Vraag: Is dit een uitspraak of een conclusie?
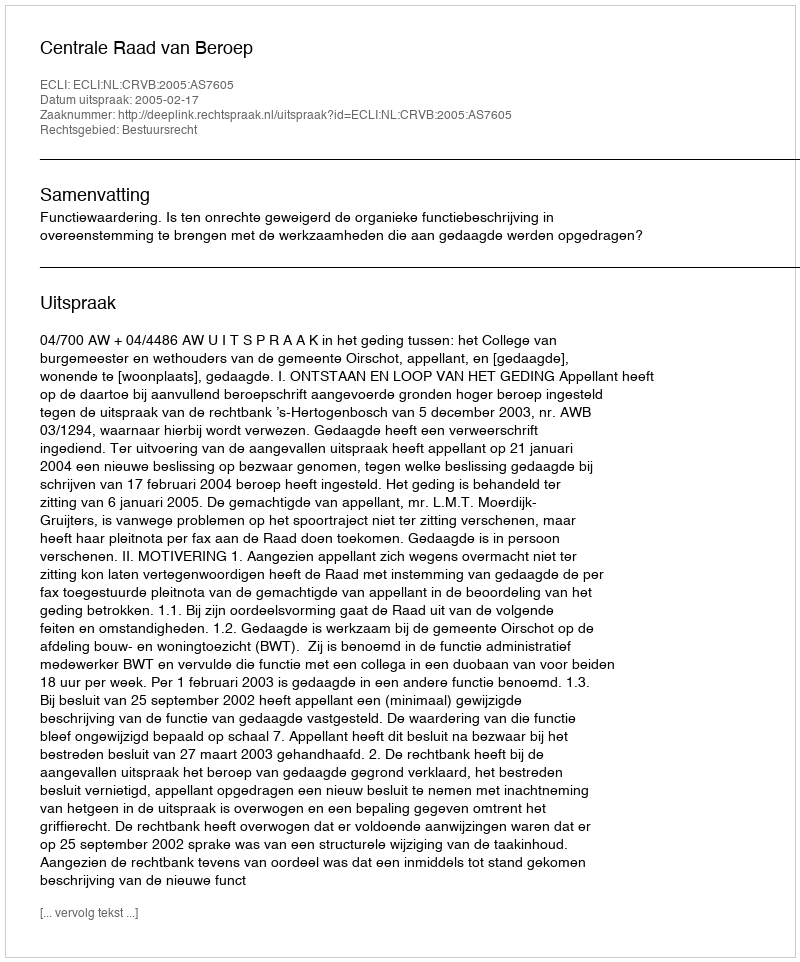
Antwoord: Uitspraak